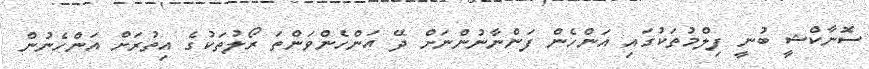
ސޮނާކްޝީ ބުނީ ފިލްމުތަކުގައި އަންހެން ފަންނާނުންނަށް ދޭ އަންހެންވަންތަ ރޯލުތަކުގެ އިތުރަށް އަންހެނުން